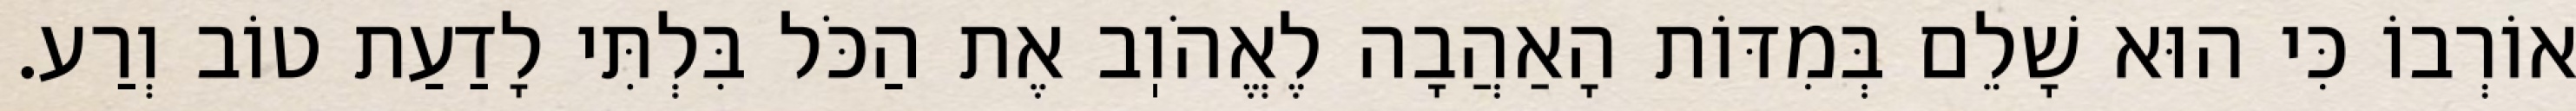
אוֹרְבוֹ כִּי הוּא שָׁלֵם בְּמִדּוֹת הָאַהֲבָה לֶאֱהֹוֽב אֶת הַכֹּל בִּלְתִּי לָדַעַת טוֹב וְרַע.